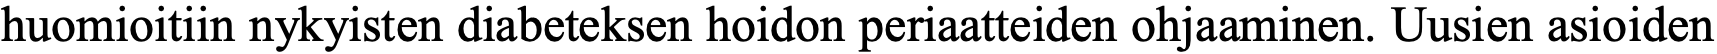
huomioitiin nykyisten diabeteksen hoidon periaatteiden ohjaaminen. Uusien asioiden